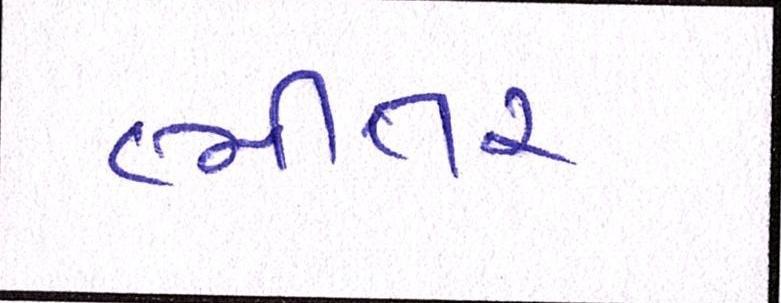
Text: ભીતર